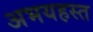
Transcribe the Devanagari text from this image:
अभयहस्त